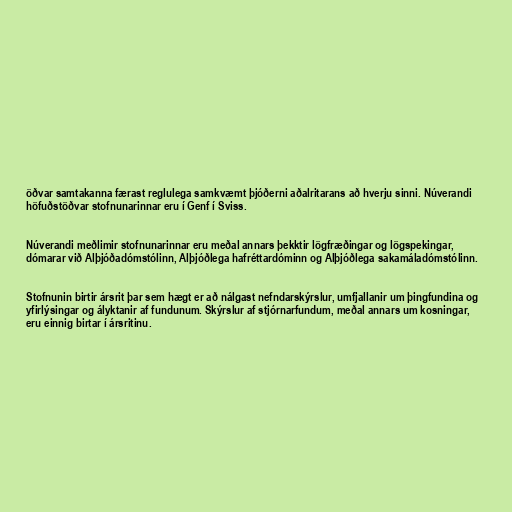
öðvar samtakanna færast reglulega samkvæmt þjóðerni aðalritarans að hverju sinni. Núverandi
höfuðstöðvar stofnunarinnar eru í Genf í Sviss.

Núverandi meðlimir stofnunarinnar eru meðal annars þekktir lögfræðingar og lögspekingar,
dómarar við Alþjóðadómstólinn, Alþjóðlega hafréttardóminn og Alþjóðlega sakamáladómstólinn.

Stofnunin birtir ársrit þar sem hægt er að nálgast nefndarskýrslur, umfjallanir um þingfundina og
yfirlýsingar og ályktanir af fundunum. Skýrslur af stjórnarfundum, meðal annars um kosningar,
eru einnig birtar í ársritinu.